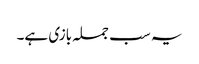
یہ سب جملہ بازی ہے۔